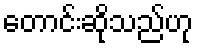
တောင်းဆိုသည်ဟု